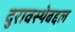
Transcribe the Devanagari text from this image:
दुरावस्थेबद्दल